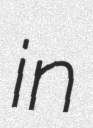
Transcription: in